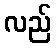
လည်